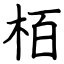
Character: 栢